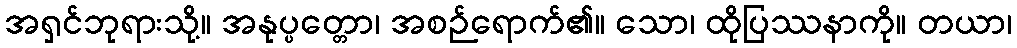
အရှင်ဘုရားသို့။ အနုပ္ပတ္တော၊ အစဉ်ရောက်၏။ သော၊ ထိုပြဿနာကို။ တယာ၊